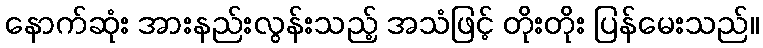
နောက်ဆုံး အားနည်းလွန်းသည့် အသံဖြင့် တိုးတိုး ပြန်မေးသည်။